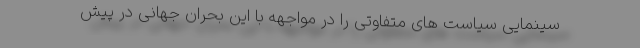
سینمایی سیاست های متفاوتی را در مواجهه با این بحران جهانی در پیش